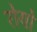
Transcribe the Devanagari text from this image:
रोयो